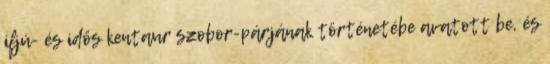
ifjú- és idős kentaur szobor-párjának történetébe avatott be, és